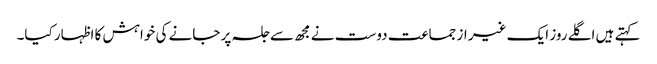
کہتے ہیں اگلے روز ایک غیر از جماعت دوست نے مجھ سے جلسہ پر جانے کی خواہش کا اظہار کیا۔